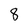
Character: 8